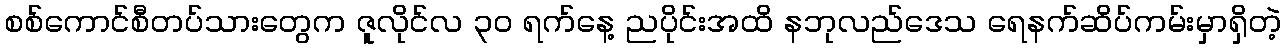
စစ်ကောင်စီတပ်သားတွေက ဇူလိုင်လ ၃၀ ရက်နေ့ ညပိုင်းအထိ နဘုလည်ဒေသ ရေနက်ဆိပ်ကမ်းမှာရှိတဲ့